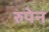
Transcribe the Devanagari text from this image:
रुपेन